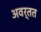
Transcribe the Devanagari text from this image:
अवर्तत